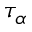
\tau _ { \alpha }